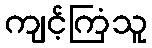
ကျင့်ကြံသူ